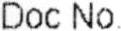
DOC NO.